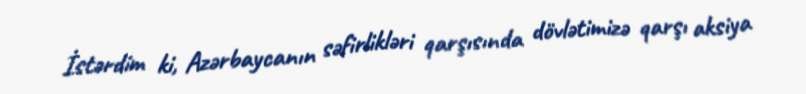
İstərdim ki, Azərbaycanın səfirlikləri qarşısında dövlətimizə qarşı aksiya